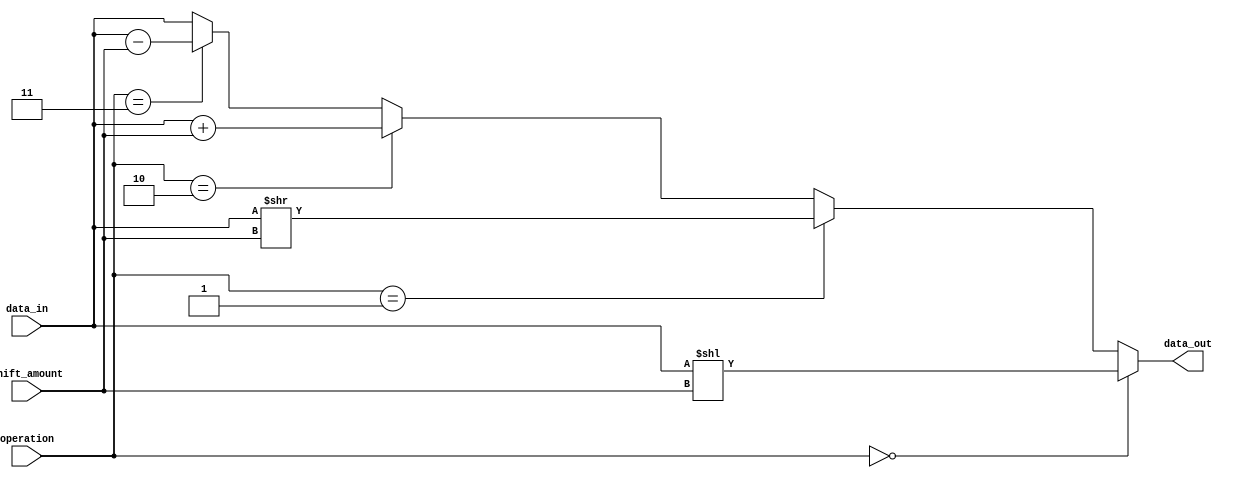
module Barrel_Shifter(input [7:0] data_in,
                      input [2:0] shift_amount,
                      input [1:0] operation,
                      output reg [7:0] data_out);

assign data_out = (operation == 2'b00) ? data_in << shift_amount :  // left shift
                  (operation == 2'b01) ? data_in >> shift_amount :  // right shift
                  (operation == 2'b10) ? data_in + shift_amount :   // addition
                  (operation == 2'b11) ? data_in - shift_amount :   // subtraction
                  data_in;  // default operation
endmodule